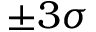
\pm 3 \sigma